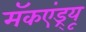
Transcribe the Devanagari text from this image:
मॅकएंड्र्यू